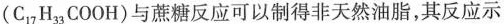
(C_{17} H_{33} COOH)与蔗糖反应可以制得非天然油脂，其反应示